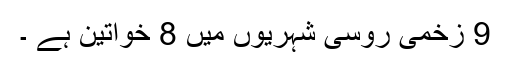
9 زخمی روسی شہریوں میں 8 خواتین ہے ۔